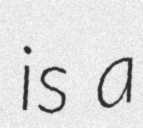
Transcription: is a